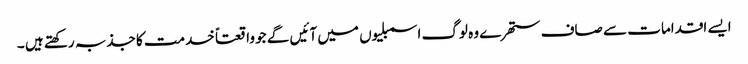
ایسے اقدامات سے صاف ستھرے وہ لوگ اسمبلیوں میں آئیں گے جو واقعتاً خدمت کا جذبہ رکھتے ہیں ۔